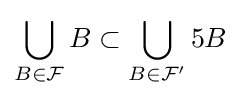
\bigcup _{B\in {\mathcal {F}}}B\subset \bigcup _{B\in {\mathcal {F'}}}5B